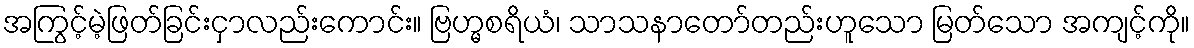
အကြွင့်မဲ့ဖြတ်ခြင်းငှာလည်းကောင်း။ ဗြဟ္မစရိယံ၊ သာသနာတော်တည်းဟူသော မြတ်သော အကျင့်ကို။